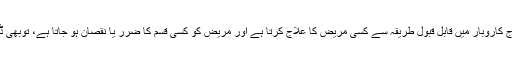
لیکِن، اَگر ڈاکٹر معقول احتیاط برتتے ہوئے علاج کاروبار میں قابلِ قبول طریقہ سے کِسی مریض کا علاج کرتا ہے اَور مریض کو کِسی قسم کا ضرر یا نقصان ہو جاتا ہے، توبھی ڈاکٹر کو اُس کے لِئے ذمہ دار نہیں مانا جائے‌گا۔